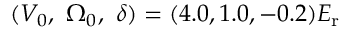
( V _ { 0 } , ~ \Omega _ { 0 } , ~ \delta ) = ( 4 . 0 , 1 . 0 , - 0 . 2 ) E _ { \mathrm { { r } } }